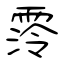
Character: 霗